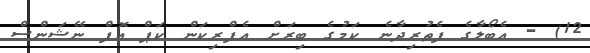
12) - އެބޯލާގެ ފެތުރިދާނެ ކަމުގެ ބިރަށް އެފްރިކަން ކަޕް އޮފް ނޭޝަންސް